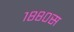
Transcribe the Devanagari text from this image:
१८८०स